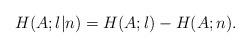
LaTeX: \begin{align*}H(A;l|n)=H(A;l)-H(A;n).\end{align*}